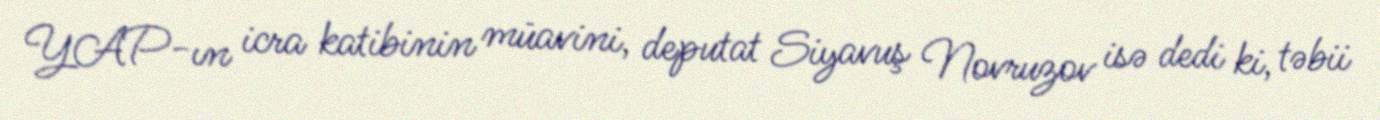
YAP-ın icra katibinin müavini, deputat Siyavuş Novruzov isə dedi ki, təbii